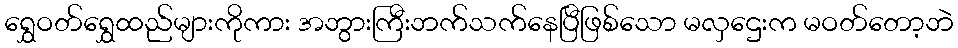
ရွှေဝတ်ရွှေထည်များကိုကား အဘွားကြီးဘက်သက်နေပြီဖြစ်သော မလှဌေးက မဝတ်တော့ဘဲ